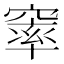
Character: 𮄓